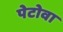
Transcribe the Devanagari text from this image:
पेटोवा